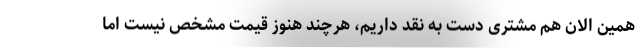
همین الان هم مشتری دست به نقد داریم، هرچند هنوز قیمت مشخص نیست اما